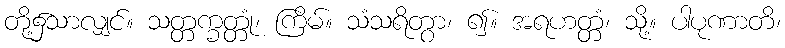
တို့၌သာလျှင်။ သတ္တက္ခတ္တုံ၊ ကြိမ်။ သံသရိတွာ၊ ၍။ အရဟတ္တံ၊ သို့။ ပါပုဏာတိ၊